Annual statistical returns and brief notes on vaccination in Bengal - 1887-1898
Year: 1887
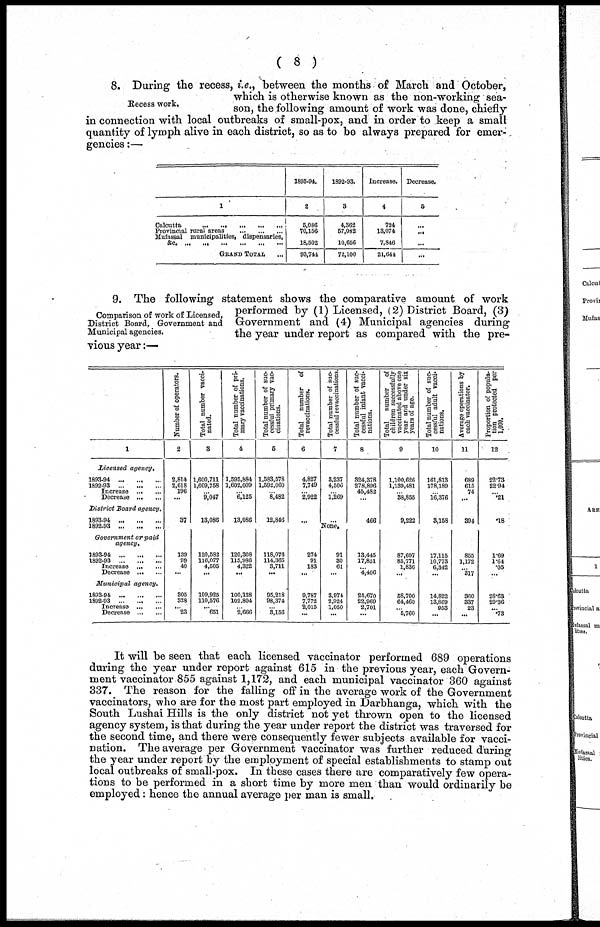
( 8 )
Recess work.
8. During the recess, i.e., between the months of March and October,
which is otherwise known as the non-working sea-
son, the following amount of work was done, chiefly
in connection with local outbreaks of small-pox, and in order to keep a small
quantity of lymph alive in each district, so as to be always prepared for emer-
gencies :—
1
Calcutta
...
...
...
...
...
Provincial rural areas
...
...
...
Mufassai municipalities, dispensaries,
&c.
...
...
...
...
...
...
GRAND TOTAL. ...
1893-94.
2
5,086
70,156
18,502
93,744
1892-93.
3
4,362
57,082
10,656
72,100
Increase.
4
724
13,074
7,846
21,644
Decrease.
5
...
...
...
...
Comparison of work of Licensed,
District Board, Government and
Municipal agencies.
9. The following statement shows the comparative amount of work
performed by (1) Licensed, (2) District Board, (3)
Government and (4) Municipal agencies during
the year under report as compared with the pre-
vious year:—
1
Licensed
agency.
1893-94 ... ... ...
1892-93
...
...
...
Increase ... ...
Decrease ...
...
District Board agency.
1893-94
...
...
...
1892-93
...
...
...
Government or paid
agency.
1893-94
...
...
...
1892-93
...
...
...
Increase
...
...
Decrease ... ...
Municipal
agency.
1893-94
...
...
...
1892-93 ... ... ...
Increase
...
...
Decrease ... ...
Number of operators.
2
2,814
2,618
196
...
37
Total number vacci-
nated.
3
1,600,711
1,609,758
...
9,047
13,086
Total number of pri-
mary vaccinations.
4
1,595,884
1,602,009
...
6,125
13,086
Total number of suc-
cessful primary vac-
cinations.
6
1,583,578
1,592,060
... 8,482
12,846
Total number of
revaccinations.
6
4,827
7,749
... 2,922
...
Total number of suc-
cessful revaccinations.
7
3,237
4,506
...
1,269
...
Total number of suc-
cessful infant vacci-
nations.
8
324,378
278,896
45,482
...
466
Total
number of
children successfully
vaccinated above one
year and under six
years of age.
9
1,100,626
1,139,481
...
38,855
9,222
Total number of suc-
cessful adult vacci-
nations.
10
161,813
178,189
...
16,376
3,158
Average operations by
each vaccinator.
11
689
615
74
...
394
Proportion of popula-
tion protected per
1,000.
12
22.73
22.94
...
.21
.18
None.
139
99
40
...
305
328
... 23
120,582
116,077
4,505
...
109,925
110,576
... 651
120,308
115,986
4,322
...
100,138
102,804
... 2,666
118,076
114,365
3,711
...
95,218
98,374
... 3,156
274
91
183
...
9,787
7,772
2,015
...
91
30
61
...
3,974
2,924
1,050
...
13,445
17,851
... 4,406
25,670
22,969
2,701
...
87,607
85,771
1,836
...
58,700
64,460
. .. 5,760
17,115
10,773
6,342
...
14,822
13,869
953
...
855
1,172
...
317
360
337
23
...
1.69
1.64
.05
...
28.63
29.36
...
.73
It will be seen that each licensed vaccinator performed 689 operations
during the year under report against 615 in the previous year, each Govern-
ment vaccinator 855 against 1,172, and each municipal vaccinator 360 against
337. The reason for the falling off in the average work of the Government
vaccinators, who are for the most part employed in Darbhanga, which with the
South Lushai Hills is the only district not yet thrown open to the licensed
agency system, is that during the year under report the district was traversed for
the second time, and there were consequently fewer subjects available for vacci-
nation. The average per Government vaccinator was further reduced during
the year under report by the employment of special establishments to stamp out
local outbreaks of small-pox. In these cases there are comparatively few opera-
tions to be performed in a short time by more men than would ordinarily be
employed: hence the annual average per man is small.